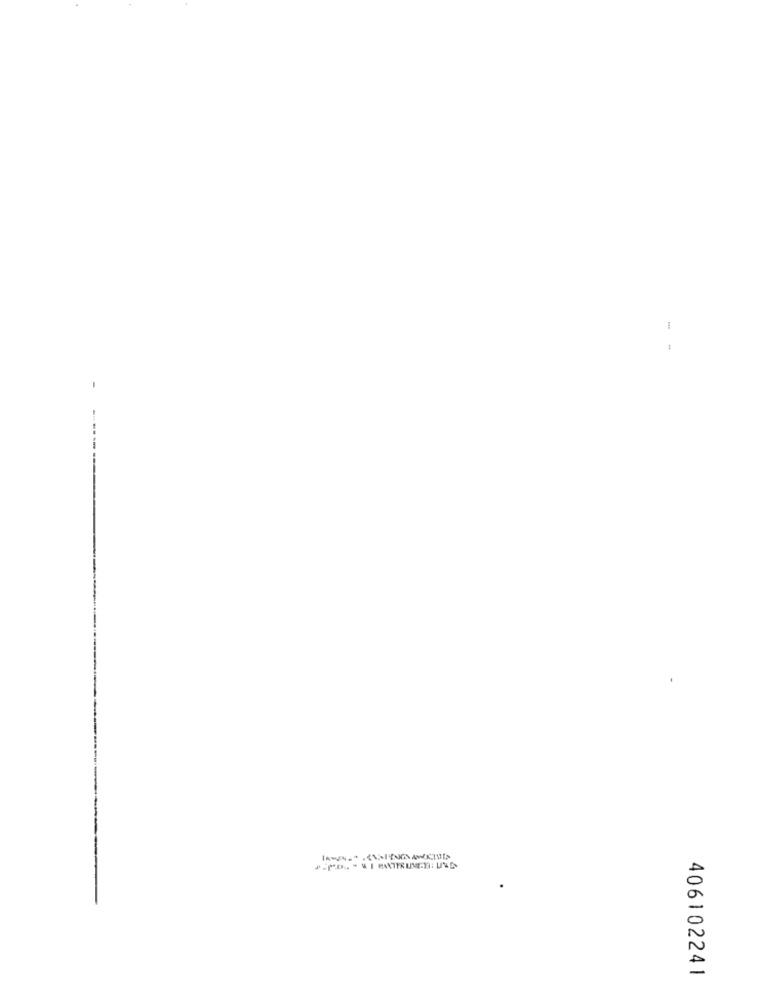
1
406102241